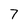
Character: 7